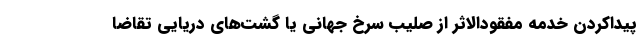
پیداکردن خدمه مفقودالاثر از صلیب سرخ جهانی یا گشت‌های دریایی تقاضا